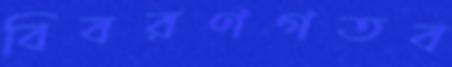
বিবরণগতব